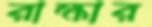
রাক্ষার